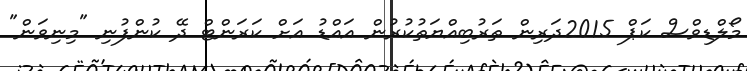
މޯލްޑިވްސް ކަޕް 2015ދަރިން ތަރުބިއްޔަތުކުރުން އައްޑު އަށް ކަރަންޓް ދޭ ކުންފުނި "މިނިވަން"